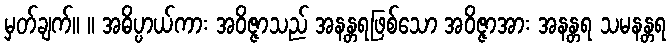
မှတ်ချက်။ ။ အဓိပ္ပာယ်ကား အဝိဇ္ဇာသည် အနန္တရဖြစ်သော အဝိဇ္ဇာအား အနန္တရ သမနန္တရ